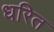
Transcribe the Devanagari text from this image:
धरित